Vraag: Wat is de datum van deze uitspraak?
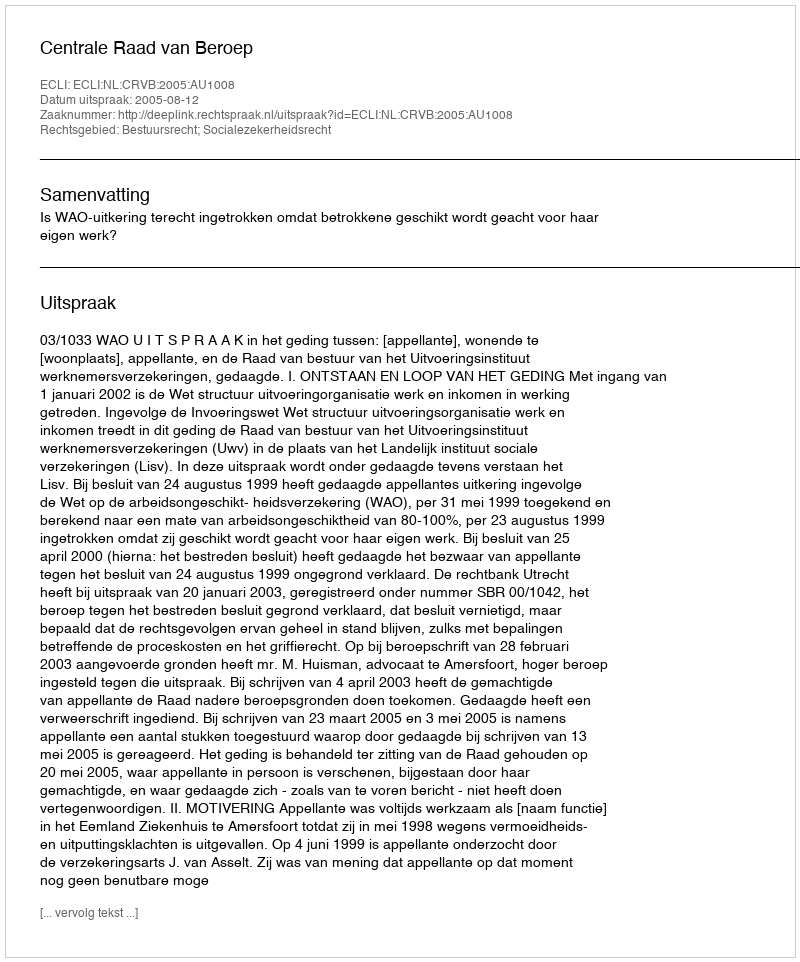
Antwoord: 2005-08-12